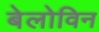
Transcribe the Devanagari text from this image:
बेलोविन